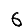
Digit: 6